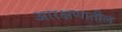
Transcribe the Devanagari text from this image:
आरक्षणातील